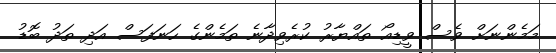
މަމެންނަށް ވެސް ވީޑިއޯ ތައްޔާރު ކުރެވިދާނެ ތަމެންގެ ހަނަފަސް އަދި ތަދު ބޮޑު